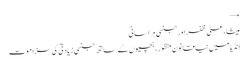
→
میشا، علی ظفر اور جنسی ہراسانی
انڈیا میں نیا قانون منظور، بچیوں کے ساتھ جنسی زیادتی کی سزا موت